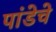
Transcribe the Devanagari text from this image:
पांडेचे